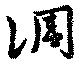
凋